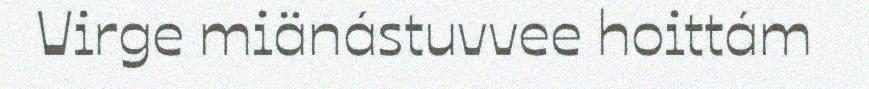
Virge miänástuvvee hoittám